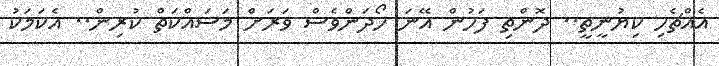
އެއްޗެހި ކިޔުނީތީ.. ދޮންތި ފަހުން އޭނަ ހޯދަންވެސް ވަރަށް މަސައްކަތް ކުރިން.. އެކަމަކު